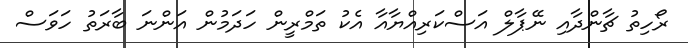
ރޯހިތު ޗާންދާއި ނޭޕާލް އަސްކަރިއްޔާއާ އެކު ތަމްރީން ހަދަމުން އަންނަ ބާރަތު ހަވަސް